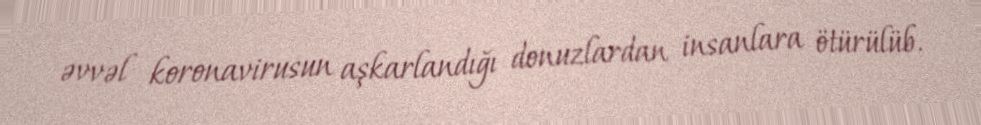
əvvəl koronavirusun aşkarlandığı donuzlardan insanlara ötürülüb.